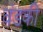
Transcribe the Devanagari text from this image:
वंडकी